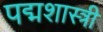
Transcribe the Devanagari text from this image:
पद्मशास्त्री